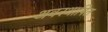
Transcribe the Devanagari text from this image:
अवस्थापित